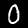
Label: 0